Leaving Certificate Examination, 1908
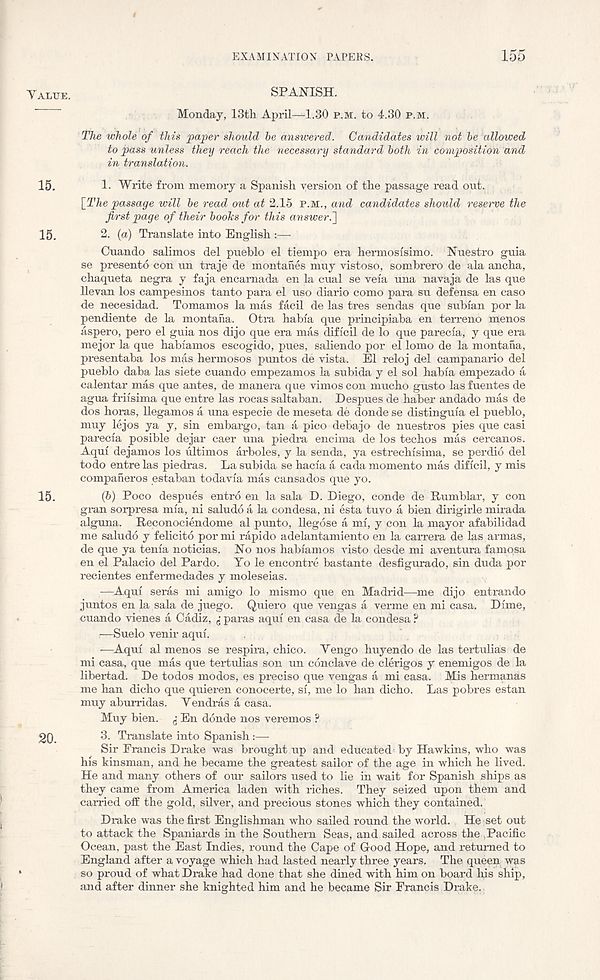
EXAMINATION PAPERS.
155
Value.
SPANISH.
Monday, 13th April—1.30 p.m. to 4.30 p.m.
The whole of this paper should be answered. Candidates will not be allowed
to pass unless they reach the necessary standard both in composition and
in translation.
15.
1. Write from memory a Spanish version of the passage read out.
[The passage will be read out at 2.15 p.m., and candidates should reserve the
first page of their boohs for this answer.~\
15.
2. (a) Translate into English :—
Cuando salimos del pueblo el tiempo era hermosisimo. Nnestro guia
se presento con un traje de montahes muy vistoso, sombrero de ala ancha,
chaqueta negra y faja encamada en la cual se vela una navaja de las que
llevan los campesinos tanto para el uso diario como para sn defensa en caso
de necesidad. Tomamos la mas facil de las tres sendas que subian por la
pendiente de la montaiia. Otra habia que principiaba en terrene menos
aspero, pero el guia nos dijo que era mas dificil de lo que parecia, y que era
mejor la que habiamos escogido, pues, saliendo por el lomo de la montana,
presentaba los mas hermosos puntos de vista. El reloj del campanario del
pueblo daba las siete cuando empezamos la subida y el sol habia empezado a
calentar mas que antes, de manera que vimos con mucho gusto las fuentes de
agua friisima que entre las rocas saltaban. Despues de haber andado mas de
dos horas, llegamos a una especie de meseta de donde se distinguia el pueblo,
muy lejos ya y, sin embargo, tan a pico debajo de nuestros pies que casi
parecia posible dejar caer una piedra encima de los techos mas cercanos.
Aqui dejamos los liltimos arboles, y la senda, ya estrechisima, se perdio del
todo entre las piedras. La subida se hacia a cada momento mas dificil, y mis
companeros estaban todavia mas cansados que yo.
15.
(5) Poco despues entro en la sala D. Diego, conde de Rumblar, y con
gran sorpresa mia, ni saludo a la condesa, ni esta tuvo a bien dirigirle mirada
alguna. Reconociendome al punto, llegose a mi, y con la mayor afabilidad
me saludo y felicito por mi rapido adelantamiento en la carrera de las armas,
de que ya tenia noticias. No nos habiamos visto desde mi aventura famqsa
en el Palacio del Pardo. Yo le encontre bastante desfigurado, sin duda por
recientes enfermedades y moleseias.
—Aqui seras mi amigo lo mismo que en Madrid—me dijo entrando
juntos en la sala de juego. Quiero que vengas a verme en mi casa. Dime,
cuando vienes a Cadiz, paras aqui en casa de la condesa ?
—Suelo venir aqui.
—Aqui al menos se respira, chico. Yengo huyendo de las tertulias de
mi casa, que mas que tertulias son tin conclave de clerigos y enemigos de la
libertad. De todos modes, es precise que vengas a mi casa. Mis hermanas
me han dicho que quieren conocerte, si, me lo han dicho. Las pobres estan
muy aburridas. Yendras a casa.
Muy bien. % En donde nos veremos ?
20.
3. Translate into Spanish:—
Sir Francis Drake was brought up and educated’by Hawkins, who was
his kinsman, and he became the greatest sailor of the age in which he lived.
He and many others of our sailors used to lie in wait for Spanish ships as
they came from America laden with riches. They seized upon them and
carried off the gold, silver, and precious stones which they contained.
Drake was the first Englishman who sailed round the world. He set out
to attack the Spaniards in the Southern Seas, and sailed across the .Pacific
Ocean, past the East Indies, round the Cape of Good Hope, and returned to
England after a voyage which had lasted nearly three years. The queen was
so proud of what Drake had done that she dined with him on board his ship,
and after dinner she knighted him and he became Sir Francis Drake.